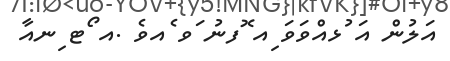
އަލުން އަ ުޅއްވަވަ ިއ ޮފނު ަވ ެއވެެ .އ ޯޓ ިނއާ